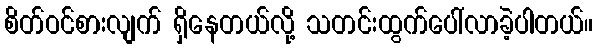
စိတ်ဝင်စားလျက် ရှိနေတယ်လို့ သတင်းထွက်ပေါ်လာခဲ့ပါတယ်။